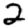
Digit: 2